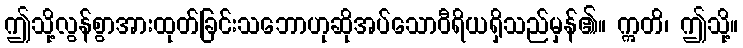
ဤသို့လွန်စွာအားထုတ်ခြင်းသဘောဟုဆိုအပ်သောဝီရိယရှိသည်မှန်၏။ ဣတိ၊ ဤသို့။